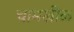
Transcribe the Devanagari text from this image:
चामखीळ